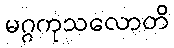
မဂ္ဂကုသလောတိ